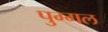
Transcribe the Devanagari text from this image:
पुग्गल